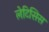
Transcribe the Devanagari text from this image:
लेटिसिस